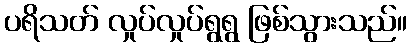
ပရိသတ် လှုပ်လှုပ်ရွရွ ဖြစ်သွားသည်။